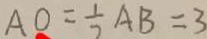
A O = \frac { 1 } { 7 } A B = 3